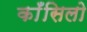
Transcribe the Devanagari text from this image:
काँसिलो